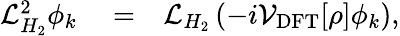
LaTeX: \begin{array}{rlr}{\mathcal{L}_{H_{2}}^{2}\phi_{k}}&{{}=}&{\mathcal{L}_{H_{2}}\left(-i\mathcal{V}_{\mathrm{DFT}}[\rho]\phi_{k}\right),}\end{array}